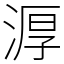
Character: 㴟